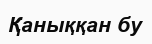
Қаныққан бу